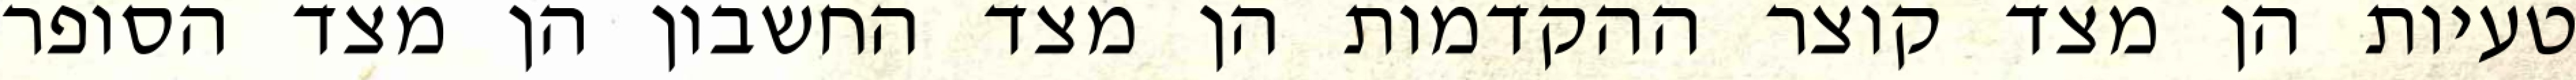
טעיות הן מצד קוצר ההקדמות הן מצד החשבון הן מצד הסופר